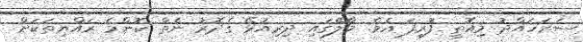
ސަރަހައްދު މިއޮތީ ފުރިފަ އެވެ. މާލޭގައި ދިރިއުޅޭ ގެދޮރު ނެތް ކޮންމެ ރައްޔިތަކަށް